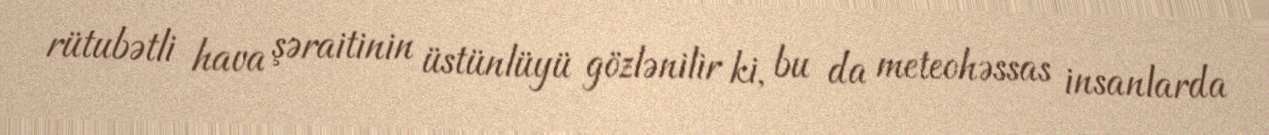
rütubətli hava şəraitinin üstünlüyü gözlənilir ki, bu da meteohəssas insanlarda